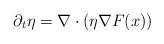
LaTeX: \begin{align*} \partial_t \eta = \nabla \cdot (\eta \nabla F(x)) \end{align*}